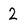
Character: 2